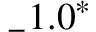
_ - 1 . 0 ^ { * }